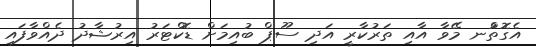
އެގޮތުްނ މޭވާ އާއި ތަރުކާރީ އަދި ސޫޕް ބުއިމަށް ޑޮކްޓަރު އިރުޝާދު ދެއްވާފައި